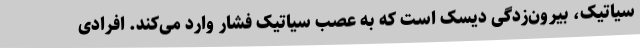
سیاتیک، بیرون‌زدگی دیسک است که به عصب سیاتیک فشار وارد می‌کند. افرادی